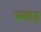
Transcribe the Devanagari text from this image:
स्माह